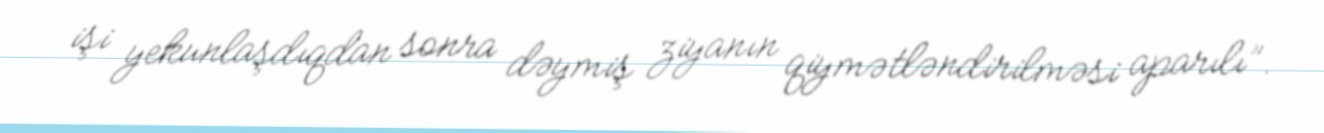
işi yekunlaşdıqdan sonra dəymiş ziyanın qiymətləndirilməsi aparılı”.